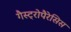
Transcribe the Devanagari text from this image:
गैस्ट्रोपैरेसिस